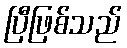
ပြီဖြစ်သည်